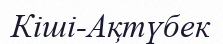
Кіші-Ақтүбек